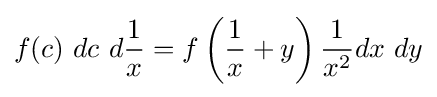
f(c)\ dc\ d{\frac {1}{x}}=f\left({\frac {1}{x}}+y\right){\frac {1}{x^{2}}}dx\ dy